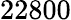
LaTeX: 22800